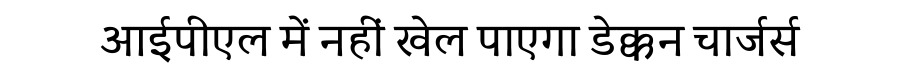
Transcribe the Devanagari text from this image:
आईपीएल में नहीं खेल पाएगा डेक्कन चार्जर्स